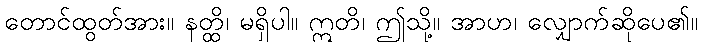
တောင်ထွတ်အား။ နတ္ထိ၊ မရှိပါ။ ဣတိ၊ ဤသို့။ အာဟ၊ လျှောက်ဆိုပေ၏။